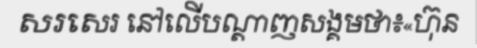
សរសេរ នៅលើបណ្តាញសង្គមថា៖«ហ៊ុន